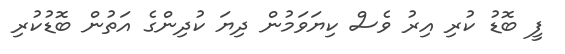
ފީ ބޮޑު ކުރި އިރު ވެސް ކިޔަވަމުން ދިޔަ ކުދިންގެ އަތުން ބޮޑުކުރި